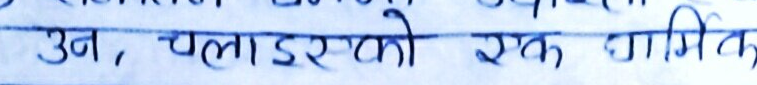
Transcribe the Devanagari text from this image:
उन, चलाइरको एक भागित